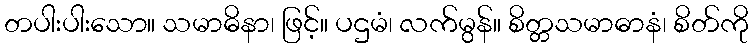
တပါးပါးသော။ သမာဓိနာ၊ ဖြင့်။ ပဌမံ၊ လက်မွန်။ စိတ္တသမာဓာနံ၊ စိတ်ကို